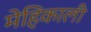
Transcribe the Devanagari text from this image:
मेहिकाली